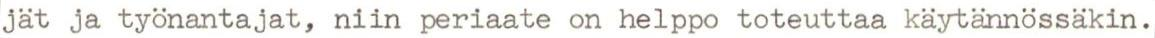
jät ja työnantajat, niin periaate on helppo toteuttaa käytännössäkin.